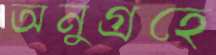
অনুগ্রহে